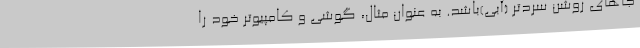
جاهای روشن سردتر (آبی)باشد. به عنوان مثال، گوشی و کامپیوتر خود را